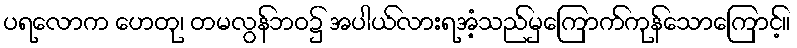
ပရလောက ဟေတု၊ တမလွန်ဘဝ၌ အပါယ်လားရအံ့သည်မှကြောက်ကုန်သောကြောင့်။